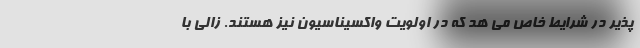
پذیر در شرایط خاص می هد که در اولویت واکسیناسیون نیز هستند. زالی با